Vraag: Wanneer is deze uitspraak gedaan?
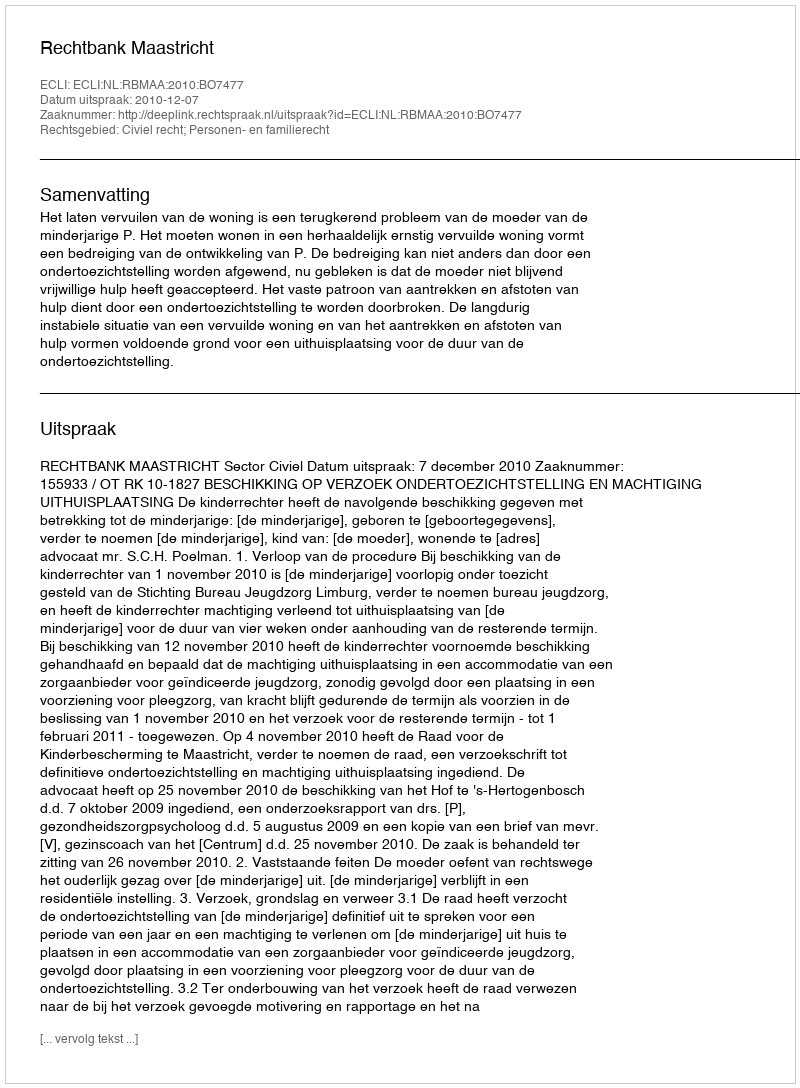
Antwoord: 2010-12-07